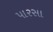
પારસા